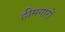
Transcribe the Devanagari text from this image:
हीमगारों